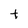
Character: t